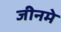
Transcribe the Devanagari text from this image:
जीनमे